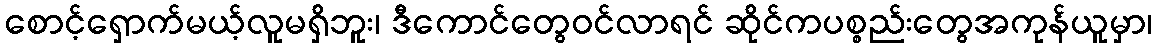
စောင့်ရှောက်မယ့်လူမရှိဘူး၊ ဒီကောင်တွေဝင်လာရင် ဆိုင်ကပစ္စည်းတွေအကုန်ယူမှာ၊